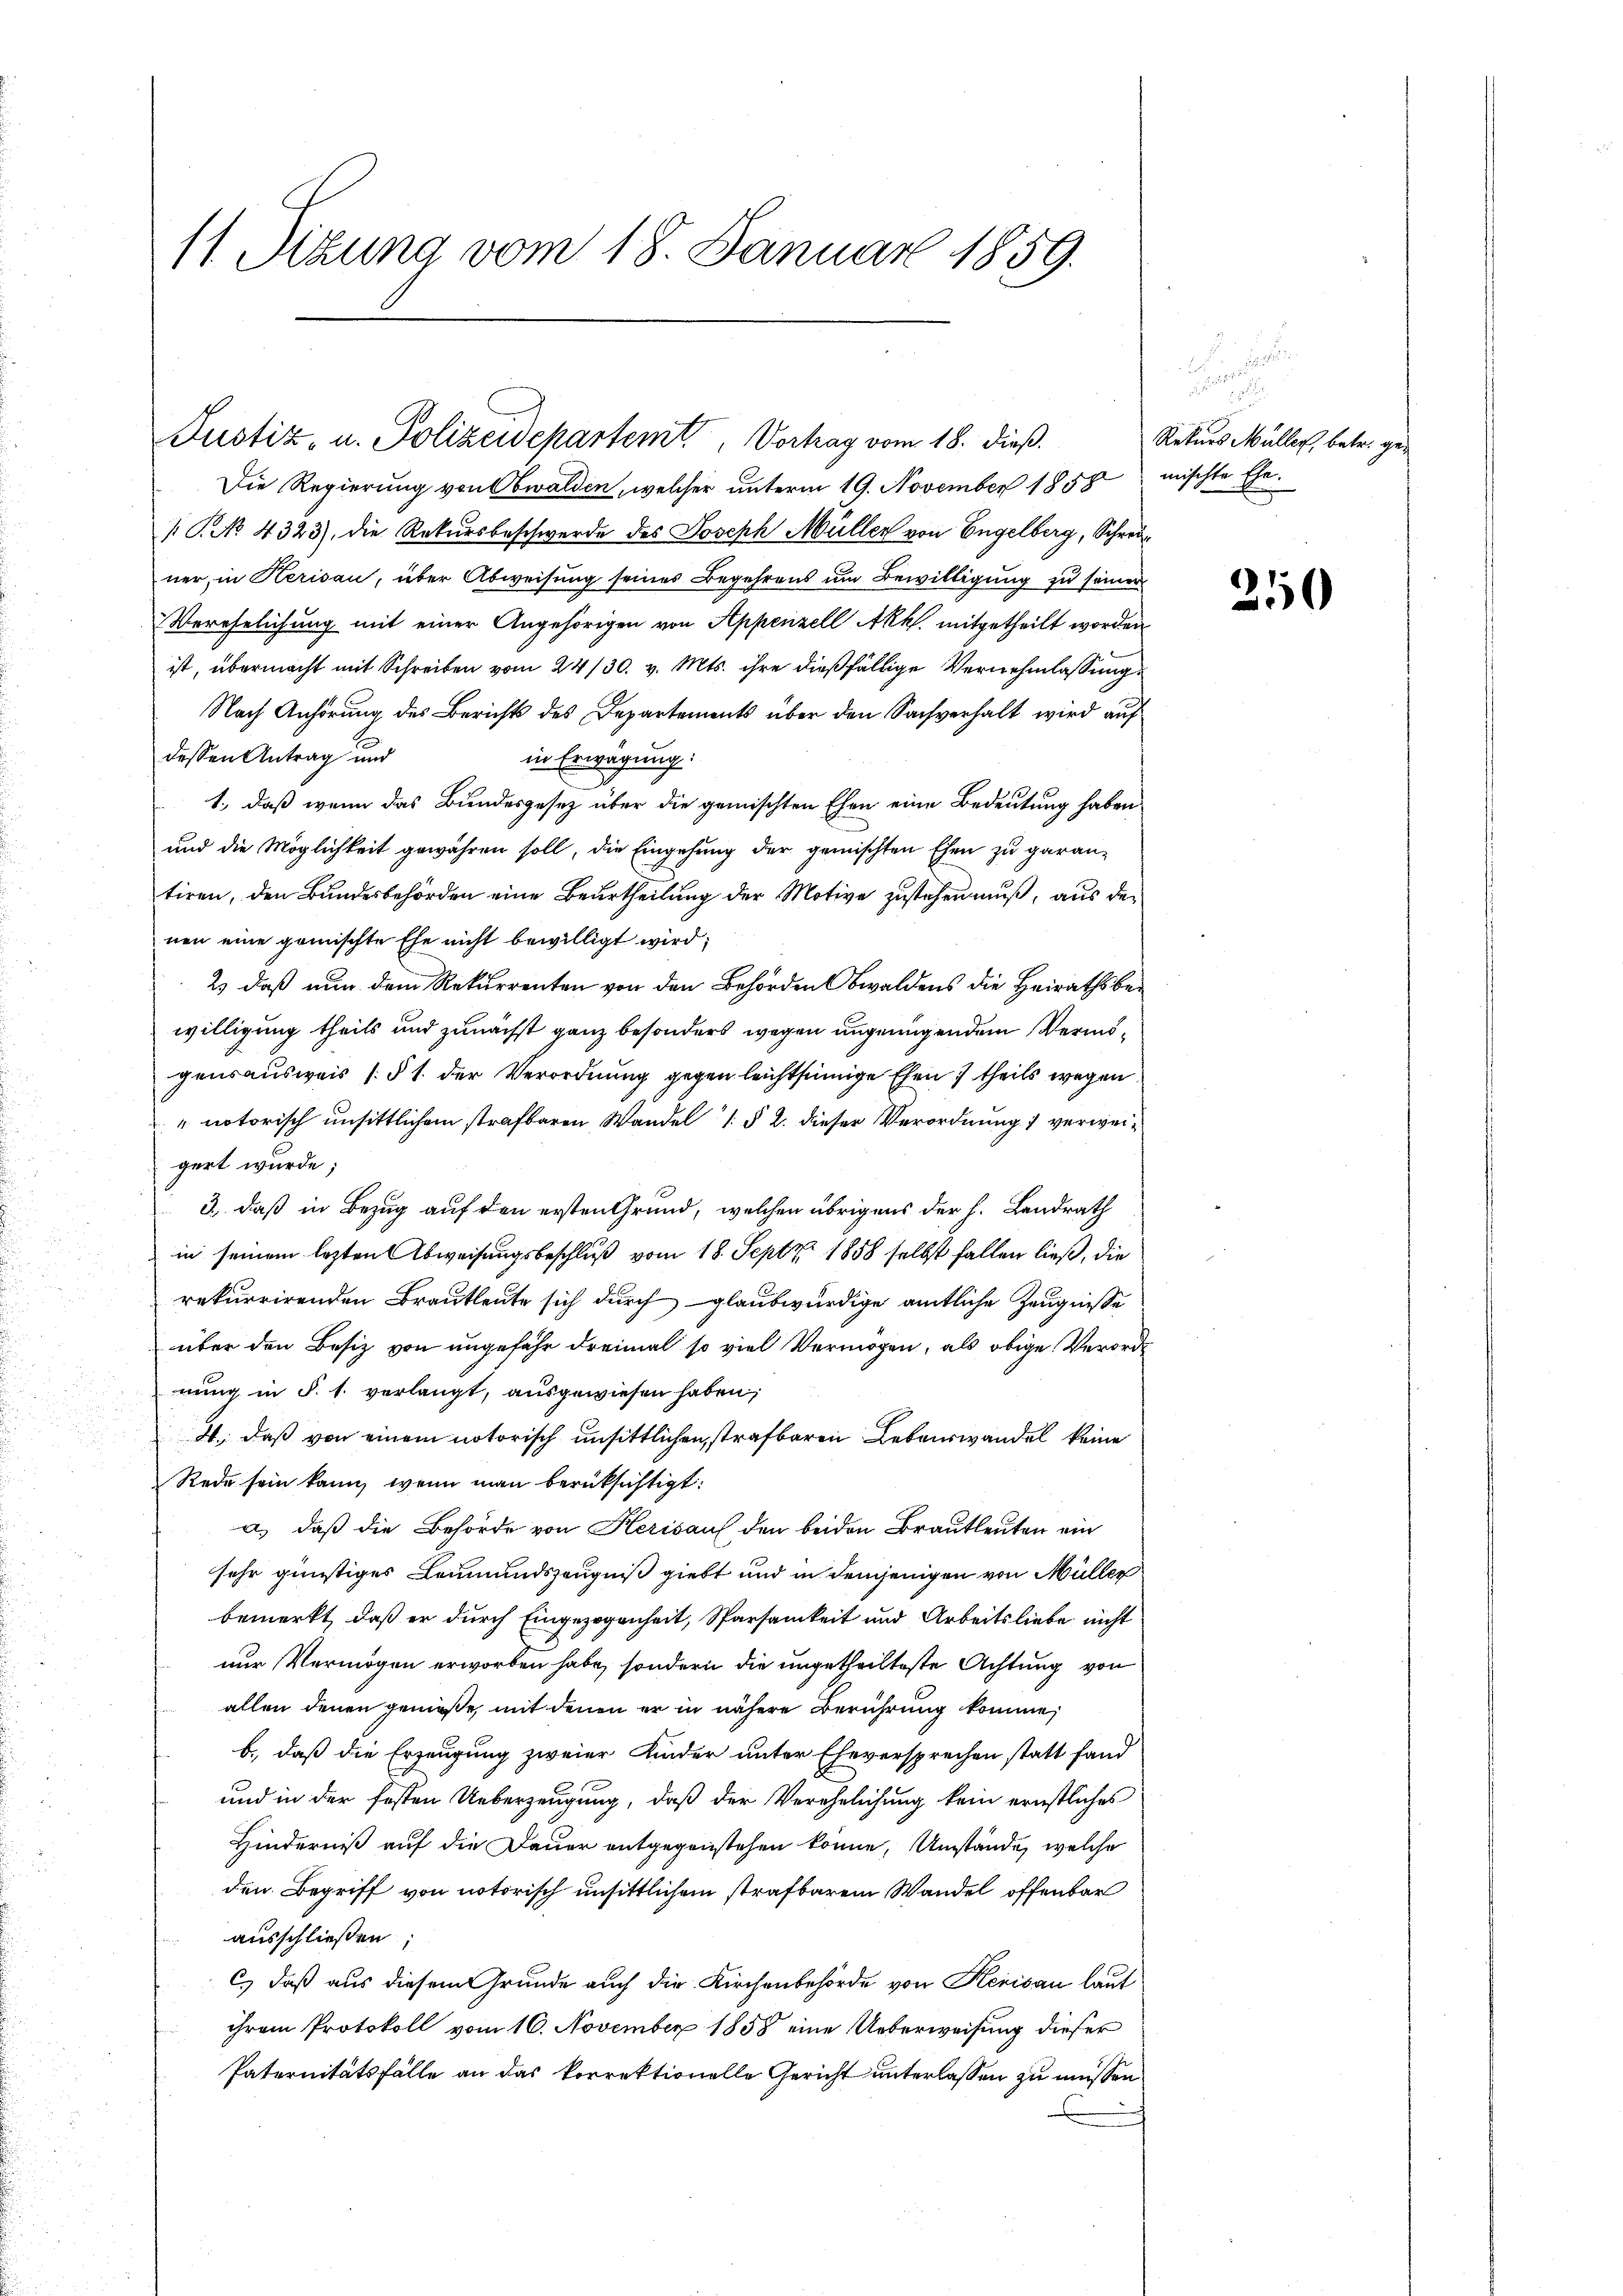
Die Regierung von Obwalden, welcher unterm 19. November 1858 mischte Ehe
 No. 4323), die Rekursbeschwerde des Joseph Müller von Engelberg, Schreiner, in Kerisau, über Abweisung seines Begehrens um Bewilligung zu seiner
Verehelichung mit einer Angehörigen von Appenzell Akk. mitgetheilt worden
ist, übermacht mit Schreiben vom 24/30. v. Mts. ihre dießfällige Vernehmlassung
Nach Anhörung des Berichts des Departements über den Sachverhalt wird auf
dessen Antrag und
in Erwägung:
1., daß wenn das Bundesgesetz über die gemischten Ehen eine Bedeutung haben
und die Möglichkeit gewähren soll, die Eingehung der gemischten Ehen zu garantiren, den Bundesbehörden eine Beurtheilung der Motive zustehen muß, aus der
nen eine gemischte Ehe nicht bewilligt wird;
2) daß nun dem Rekurrenten von den Behörden Obwaldens die Heirathsbewilligung theils und zunächst ganz besonders wegen ungenügendem Vermögensausweis (§ 1. der Verordnung gegen leichtsinnige Ehen 7 theils wegen
"notorisch unsittlichem strafbaren Wandel 1 § 2. dieser Verordnung verweigert wurde;
3., daß in Bezug auf den ersten Grund, welchen übrigens der h. Landrath
in seinem lezten Abweisungsbeschluß vom 18. Septz. 1858 selbst fallen ließ, die
rekurrirenden Brautleute sich durch glaubwürdige amtliche Zeugnisse
über den Besiz von ungefähr dreimal so viel Vermögen, als obige Verorde
nung in §. 1. verlangt, ausgewiesen haben;
4., daß von einem notorisch unsittlichen strafbaren Lebenswandel keine
Rede sein kann, wenn man berücksichtigt:
a.) daß die Behörde von Herisauf den beiden Brautleuten ein
sehr günstiges Leumundszeugniß giebt und in demjenigen von Müller
bemerkt, daß er durch Eingezogenheit, Sparsamkeit und Arbeitsliebe nicht
nur Vermögen erworben habe, sondern die ungetheilteste Achtung von
allen denen genieße, mit denen er in nähere Berührung komme,
b., daß die Erzeugung zweier Kinder unter Eheversprechen statt fand
und in der festen Ueberzeugung, daß der Verehelichung kein ernstliches
Hinderniß auf die Dauer entgegenstehen könne, Umstände, welche
den Begriff von notorisch unsittlichem strafbarem Wandel offenbar
ausschließen;
c.) daß aus diesem Grunde auch die Kirchenbehörde von Kerisau laut
ihrem Protokoll vom 16. November 1858 eine Ueberweisung dieser
Paternitätsfälle an das korrektionelle Gericht unterlassen zu müssen.

11 Sizung vom 18. Januar 1859.

Justiz- u. Polizeidepartemt, Vortrag vom 18. dieß.

.

Rekurs Müller, betr. ge¬

250